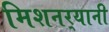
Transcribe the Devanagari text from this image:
मिशनर्‍यानी